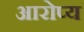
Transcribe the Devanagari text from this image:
आरोप्य